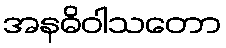
အနဓိဝါသတော